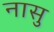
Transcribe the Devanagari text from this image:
नासु